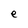
Character: e